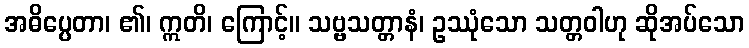
အဓိပ္ပေတာ၊ ၏၊ ဣတိ၊ ကြောင့်။ သဗ္ဗသတ္တာနံ၊ ဥဿုံသော သတ္တဝါဟု ဆိုအပ်သော